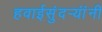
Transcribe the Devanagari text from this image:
हवाईसुंदर्‍यांंनी